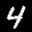
Label: 4